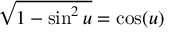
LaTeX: { \sqrt { 1 - \sin ^ { 2 } u } } = \cos ( u )